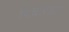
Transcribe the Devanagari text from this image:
विचारपति